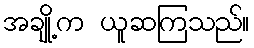
အချို့က ယူဆကြသည်။